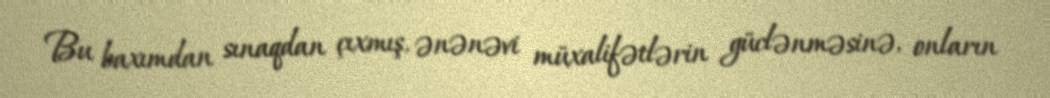
Bu baxımdan sınaqdan çıxmış, ənənəvi müxalifətlərin güclənməsinə, onların